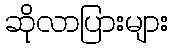
ဆိုလာပြားများ